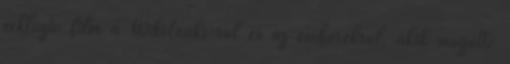
exkluzív film a WikiLeaks-ről és az emberekről, akik mögötte